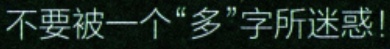
不要被一个“多”字所迷惑!